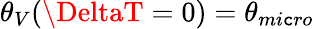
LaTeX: \theta_{V}(\DeltaT=0)=\theta_{mi\mathtt{c}ro}